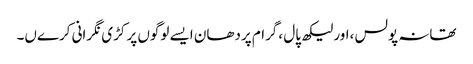
تھانہ پولس ،اور لیکھ پال ،گرام پردھان ایسے لوگوں پر کڑی نگرانی کرےں۔